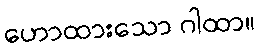
ဟောထားသော ဂါထာ။